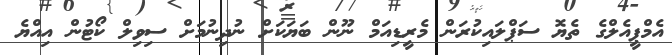
އެމްޕީއެލްގެ ތެޔޮ ސަޕްލައިކުރަން މެރީޑިއަމް ނޫން ބަޔަކަަށް ނުދިނުމަށް ސިވިލް ކޯޓުން އިއްޔެ